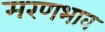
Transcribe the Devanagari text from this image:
मरणभाव